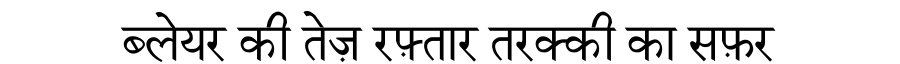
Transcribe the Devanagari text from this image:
ब्लेयर की तेज़ रफ़्तार तरक्की का सफ़र